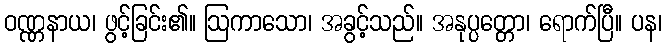
ဝဏ္ဏနာယ၊ ဖွင့်ခြင်း၏။ ဩကာသော၊ အခွင့်သည်။ အနုပ္ပတ္တော၊ ရောက်ပြီ။ ပန၊